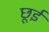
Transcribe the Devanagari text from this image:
छूई